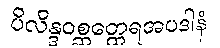
ပိလိန္ဒဝစ္ဆတ္ထေရအပဒါနံ